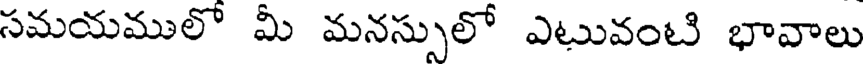
సమయములో మీ మనస్సులో ఎటువంటి భావాలు